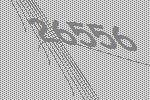
26556